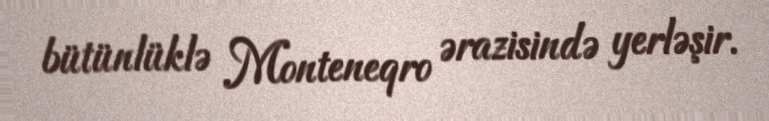
bütünlüklə Monteneqro ərazisində yerləşir.